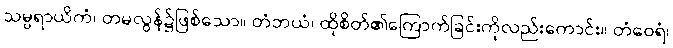
သမ္ပရာယိကံ၊ တမလွန်၌ဖြစ်သော။ တံဘယံ၊ ထိုစိတ်၏ကြောက်ခြင်းကိုလည်းကောင်း။ တံဝေရံ၊